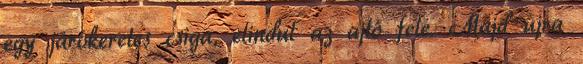
egy járókeretes csiga, elindul az ajtó felé. Majd újra